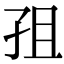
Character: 𭒽